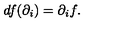
d f ( \partial _ { i } ) = \partial _ { i } f .